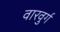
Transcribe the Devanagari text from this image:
वारवुर्ग